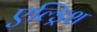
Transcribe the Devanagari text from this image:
एल्ड्रिश